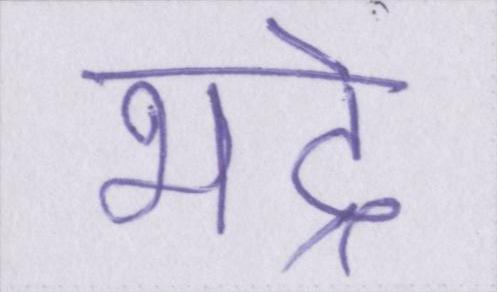
भद्रे